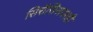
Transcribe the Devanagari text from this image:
सिरॉसिसवरही